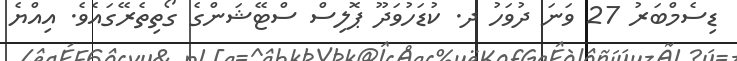
ޑިސެމްބަރު 27 ވަނަ ދުވަހު ދ. ކުޑަހުވަދޫ ޕޮލިސް ސްޓޭޝަންގެ ގޯތިތެރޭގައެވެ. އިއްޔެ